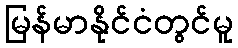
မြန်မာနိုင်ငံတွင်မူ